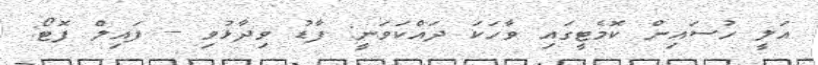
އަލީ ހުސައިން ކޮމެޓީގައި ވާހަކަ ދައްކަވަނީ: ފާޑު ވިދާޅުވި -- ފައިލް ފޮޓޯ: